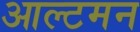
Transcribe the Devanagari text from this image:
आल्टमन